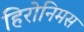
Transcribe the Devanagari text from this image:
हिरोनिमस